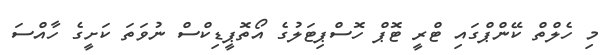
މި ހެލްތް ކޭންޕްގައި ޓްރީ ޓޮޕް ހޮސްޕިޓަލުގެ އޯތޮޕީޑިކްސް ނުވަތަ ކަށީގެ ހާއްސަ